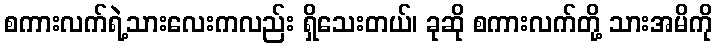
စကားလက်ရဲ့သားလေးကလည်း ရှိသေးတယ်၊ ခုဆို စကားလက်တို့ သားအမိကို